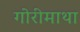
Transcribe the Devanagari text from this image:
गोरीमाथा